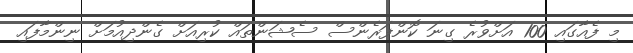
މި ފެއާގައި 100 އަށްވުރެ ގިނަ ކޮންފަރެންސް ސެޝަންތައް ކުރިއަށް ގެންދިއުމަށް ނިންމާފައި